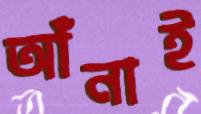
আঁনাই